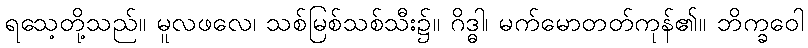
ရသေ့တို့သည်။ မူလဖလေ၊ သစ်မြစ်သစ်သီး၌။ ဂိဒ္ဓါ၊ မက်မောတတ်ကုန်၏။ ဘိက္ခဝေါ